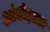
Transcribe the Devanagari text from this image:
आंधीझाडा